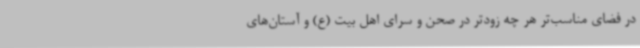
در فضای مناسب‌تر هر چه زودتر در صحن و سرای اهل بیت (ع) و آستان‌های